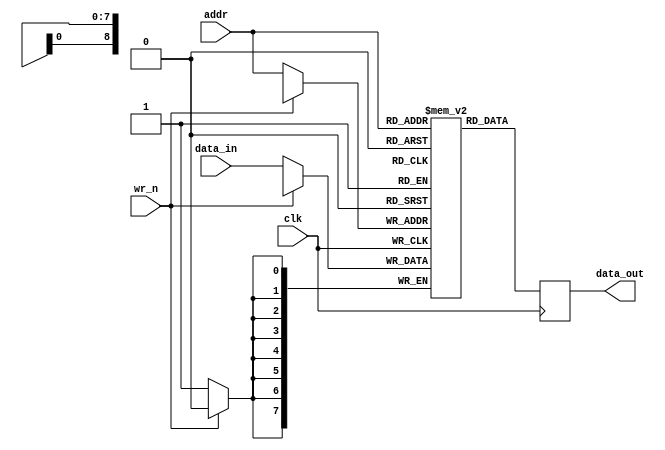
//--------------------------------------------------------------------------------------------------
// Design    : bitstream_p
// Author(s) : qiu bin, shi tian qi
// Copyright (C) 2013 qiu bin 
// All rights researved                
//-------------------------------------------------------------------------------------------------


// used for storing intra4x4_pred_mode, ref_idx, mvp etc
// 
module ram
(
clk,
wr_n, 
addr, 
data_in, 
data_out
);
parameter addr_bits = 9;
parameter data_bits = 8;
input     clk;
input     wr_n;
input     [addr_bits-1:0]  addr;
input     [data_bits-1:0]  data_in;
output    [data_bits-1:0]  data_out;

reg       [data_bits-1:0]  ram[0:(1 << addr_bits) -1];
reg       [data_bits-1:0]  data_out;

//read
always @ ( posedge clk )
begin
    data_out <= ram[addr];
end 

//write
always @ (posedge clk)
begin
    if (!wr_n)
        ram[addr] <= data_in;
end

endmodule